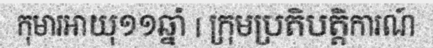
កុមារអាយុ១១ឆ្នាំ | ក្រុមប្រតិបត្តិការណ៍